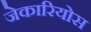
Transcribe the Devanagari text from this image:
जेकारियोस